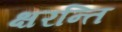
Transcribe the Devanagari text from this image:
क्षरन्ति